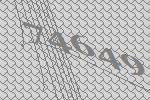
74649